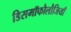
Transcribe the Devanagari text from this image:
डिसमॉफौलौजियाँ